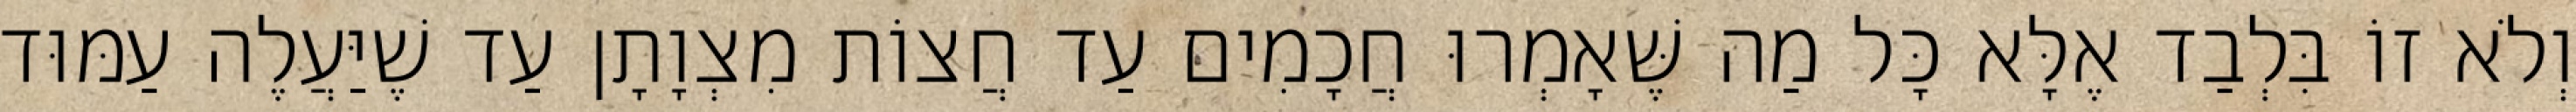
וְלֹא זוֹ בִּלְבַד אֶלָּא כָּל מַה שֶּׁאָמְרוּ חֲכָמִים עַד חֲצוֹת מִצְוָתָן עַד שֶׁיַּעֲלֶה עַמּוּד